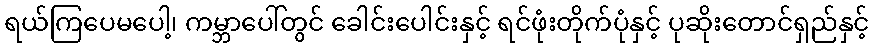
ရယ်ကြပေမပေါ့၊ ကမ္ဘာပေါ်တွင် ခေါင်းပေါင်းနှင့် ရင်ဖုံးတိုက်ပုံနှင့် ပုဆိုးတောင်ရှည်နှင့်